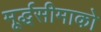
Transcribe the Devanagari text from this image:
मूर्द्धसीमाको